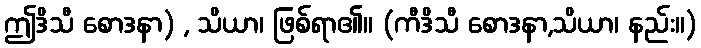
ဤဒိသီ စောဒနာ) , သိယာ၊ ဖြစ်ရာ၏။ (ကီဒိသီ စောဒနာ,သိယာ၊ နည်း။)